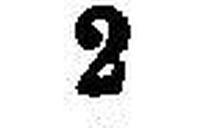
2